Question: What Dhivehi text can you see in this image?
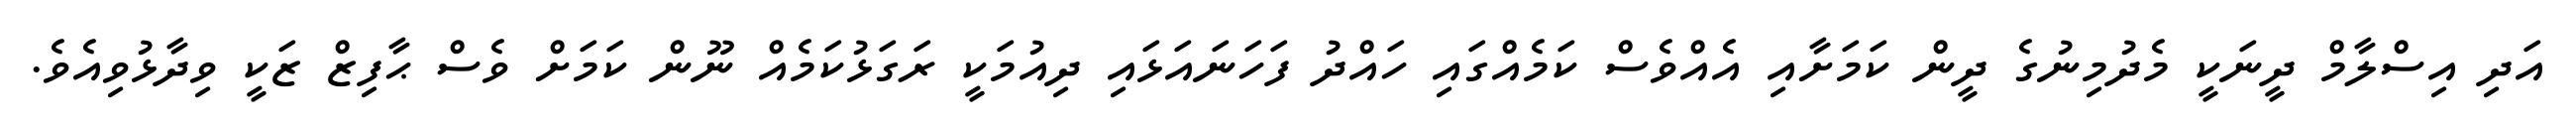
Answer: އަދި އިސްލާމް ދީނަކީ މެދުމިނުގެ ދީން ކަމަށާއި އެއްވެސް ކަމެއްގައި ހައްދު ފަހަނައަޅައި ދިއުމަކީ ރަގަޅުކަމެއް ނޫން ކަމަށް ވެސް ޙާފިޒް ޒަކީ ވިދާޅުވިއެވެ.